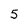
Character: 5